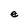
Character: e